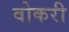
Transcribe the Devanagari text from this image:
वोकरी